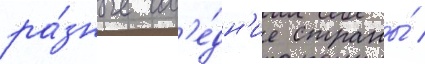
ра́зные сос'е́дн'ие страны́ /